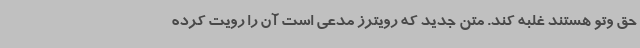
حق وتو هستند غلبه کند. متن جدید که رویترز مدعی است آن را رویت کرده